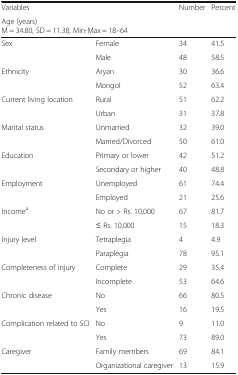
| <COLSPAN=2> Variables | Number | Percent |
 | <COLSPAN=4> Age (years)M = 34.80, SD = 11.38, Min-Max = 18–64 |
 | --- | --- | --- | --- |
 | <ROWSPAN=2> Sex | Female | 34 | 41.5 |
 | Male | 48 | 58.5 |
 | <ROWSPAN=2> Ethnicity | Aryan | 30 | 36.6 |
 | Mongol | 52 | 63.4 |
 | <ROWSPAN=2> Current living location | Rural | 51 | 62.2 |
 | Urban | 31 | 37.8 |
 | <ROWSPAN=2> Marital status | Unmarried | 32 | 39.0 |
 | Married/Divorced | 50 | 61.0 |
 | <ROWSPAN=2> Education | Primary or lower | 42 | 51.2 |
 | Secondary or higher | 40 | 48.8 |
 | <ROWSPAN=2> Employment | Unemployed | 61 | 74.4 |
 | Employed | 21 | 25.6 |
 | <ROWSPAN=2> Incomea | No or > Rs. 10,000 | 67 | 81.7 |
 | ≤ Rs. 10,000 | 15 | 18.3 |
 | <ROWSPAN=2> Injury level | Tetraplegia | 4 | 4.9 |
 | Paraplegia | 78 | 95.1 |
 | <ROWSPAN=2> Completeness of injury | Complete | 29 | 35.4 |
 | Incomplete | 53 | 64.6 |
 | <ROWSPAN=2> Chronic disease | No | 66 | 80.5 |
 | Yes | 16 | 19.5 |
 | <ROWSPAN=2> Complication related to SCI | No | 9 | 11.0 |
 | Yes | 73 | 89.0 |
 | <ROWSPAN=2> Caregiver | Family members | 69 | 84.1 |
 | Organizational caregiver | 13 | 15.9 |